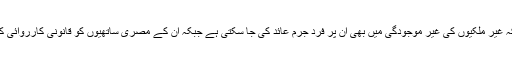
امکان ہے کہ غیر ملکیوں کی غیر موجودگی میں بھی ان پر فرد جرم عائد کی جا سکتی ہے جبکہ ان کے مصری ساتھیوں کو قانونی کارروائی کا سامنا ہے۔